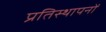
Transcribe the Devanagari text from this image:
प्रतिस्थापनों